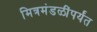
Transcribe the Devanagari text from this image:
मित्रमंडळींपर्यंत